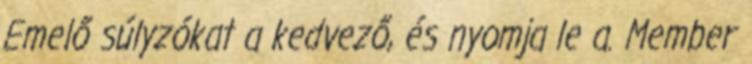
Emelő súlyzókat a kedvező, és nyomja le a. Member